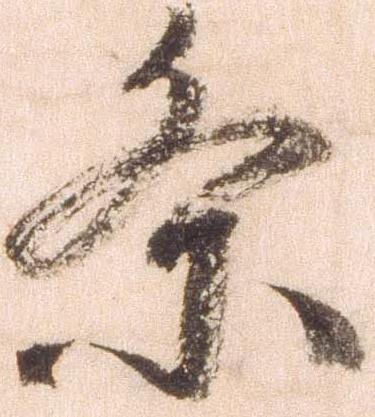
条